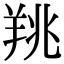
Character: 䍮